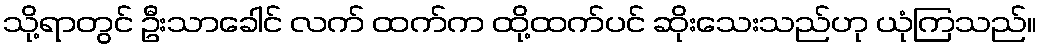
သို့ရာတွင် ဦးသာခေါင် လက် ထက်က ထို့ထက်ပင် ဆိုးသေးသည်ဟု ယုံကြသည်။